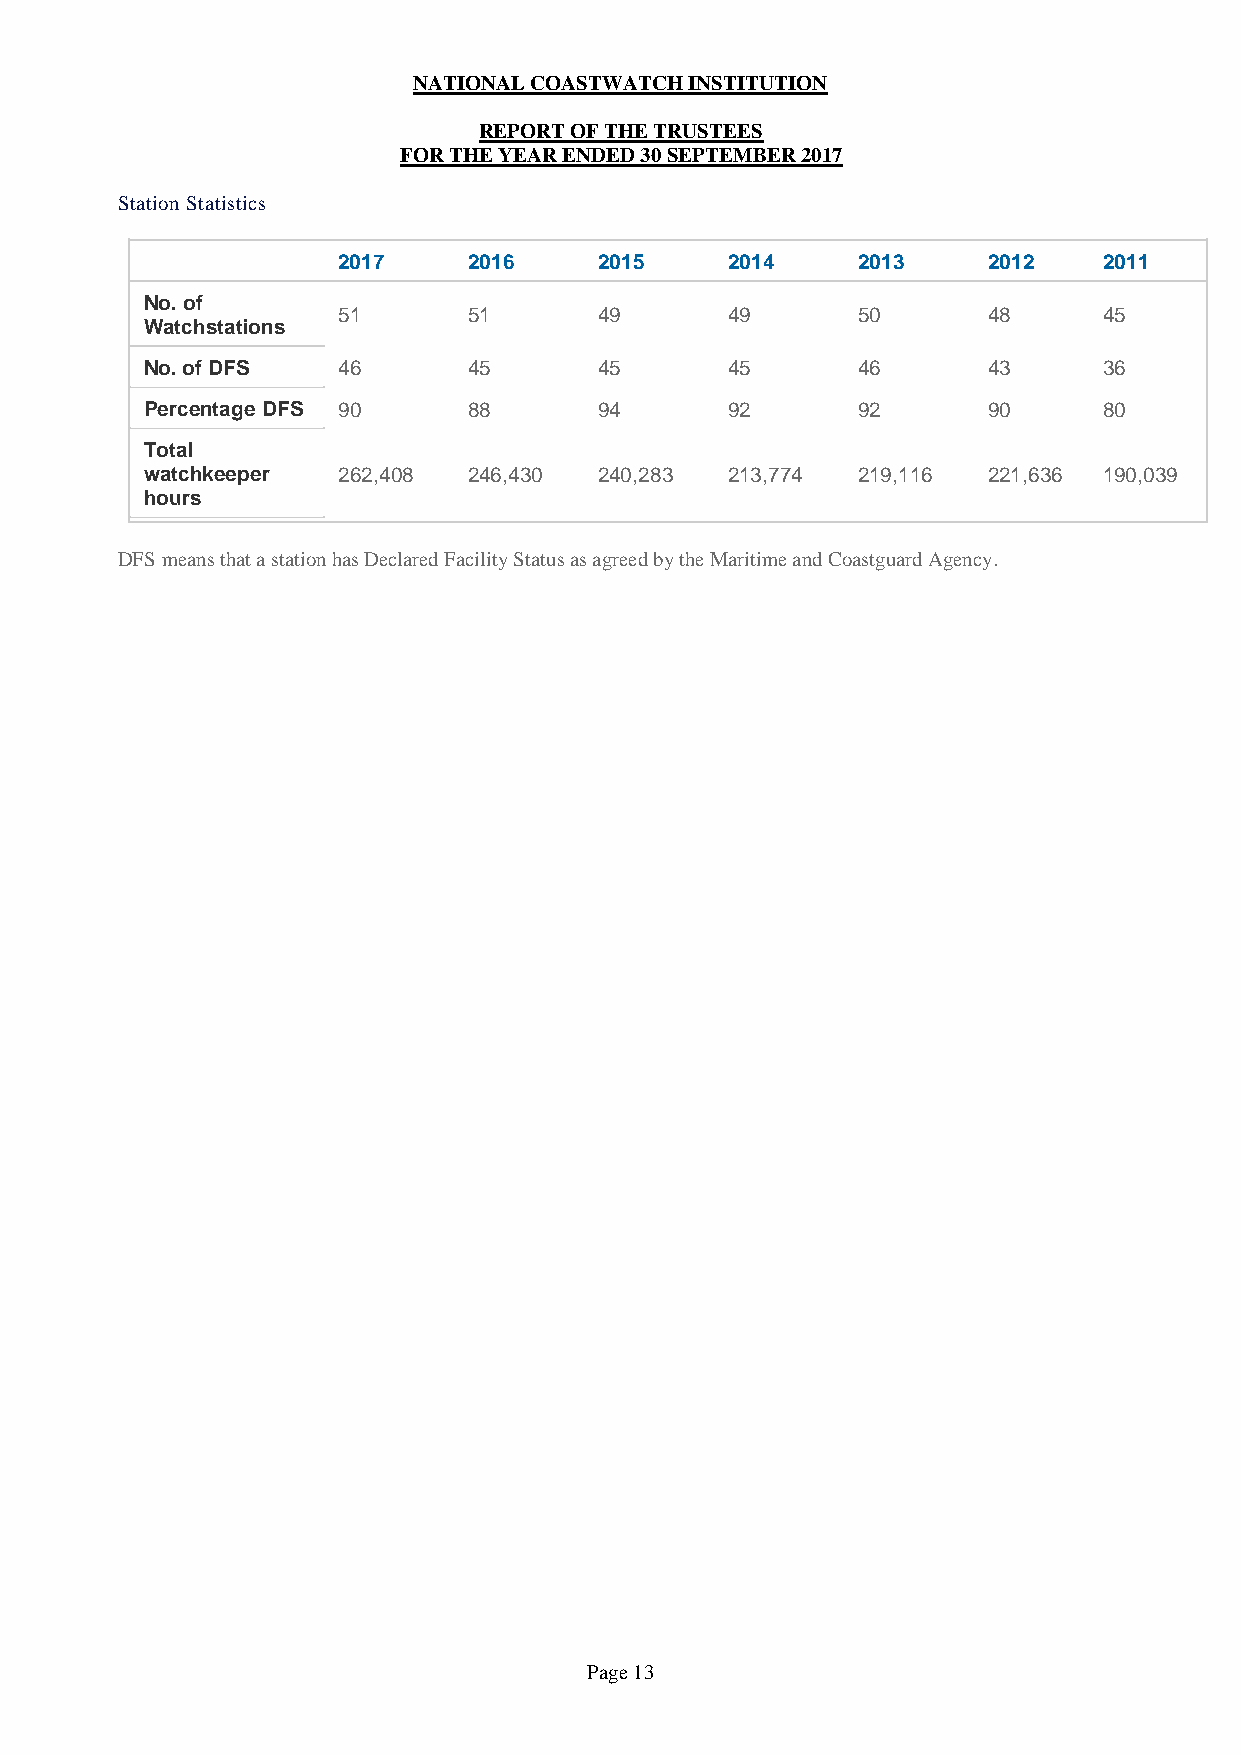
NATIONAL COASTWATCH INSTITUTION
 REPORT OF THE TRUSTEES
 FOR THE YEAR ENDED 30 SEPTEMBER 2017
 Station Statistics
 2017     2016     2015    2014     2013    2012    2011
 No. of
 51       51       49      49       50      48      45
 Watchstations
 No. of DFS  46       45       45      45       46      43      36
 Percentage DFS 90    88       94      92       92      90      80
 Total
 watchkeeper 262,408  246,430  240,283 213,774  219,116 221,636 190,039
 hours
 DFS means that a station has Declared Facility Status as agreed by the Maritime and Coastguard Agency.
 Page 13